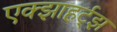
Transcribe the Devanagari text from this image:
एक्झाहर्ट्‌झ